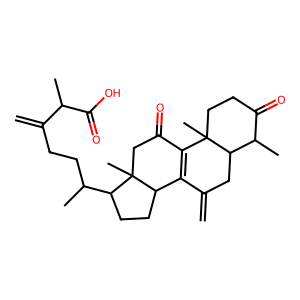
SMILES: C=C1CC2C(C)C(=O)CCC2(C)C2=C1C1CCC(C(C)CCC(=C)C(C)C(=O)O)C1(C)CC2=O
Inhibits HIV replication: No